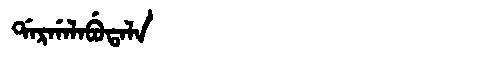
Manchu: ᡩᠠᡵᡤᠠᠯᠠᠪᡠᡨᠠᠯᠠ
Romanization: DARGALABUTALA